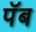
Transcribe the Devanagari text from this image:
पॅब